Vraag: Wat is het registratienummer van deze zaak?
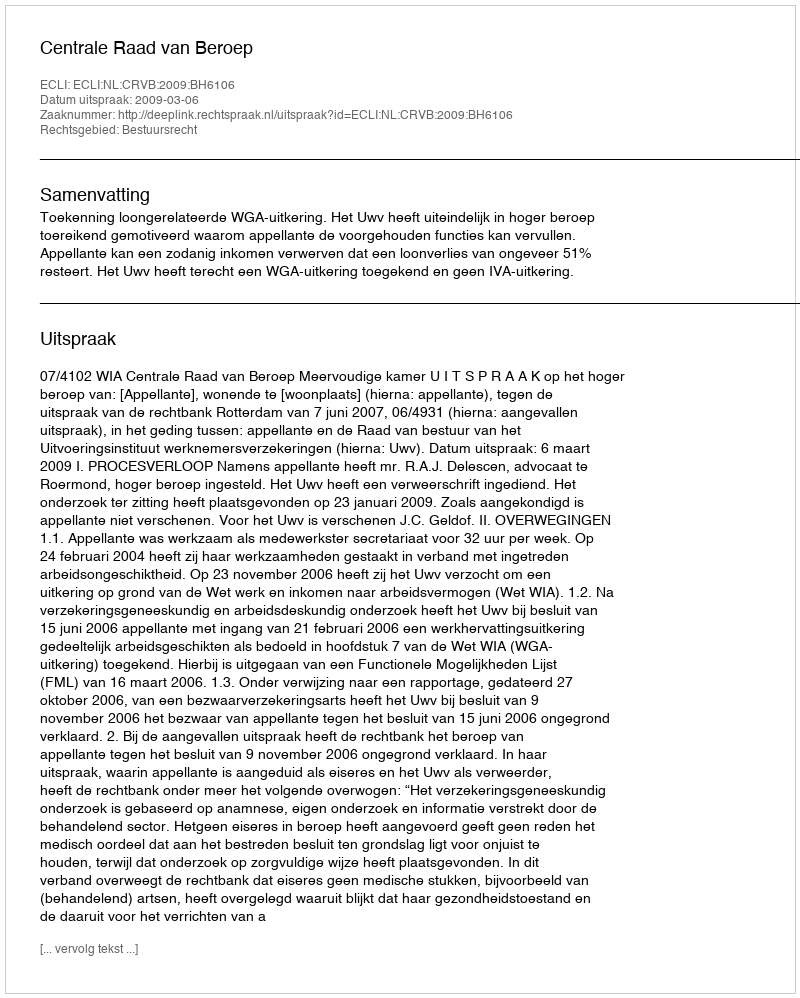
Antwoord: http://deeplink.rechtspraak.nl/uitspraak?id=ECLI:NL:CRVB:2009:BH6106